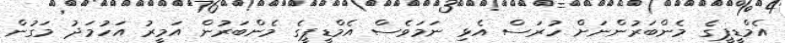
އެމްޑީޕީގެ މެންބަރުންނަށް ހުރަސް އެޅި ނަމަވެސް އެމްޑީޕީގެ މެންބަރުން އަމީރު އަހުމަދު މަގުން